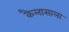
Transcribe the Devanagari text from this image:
कैलासाला